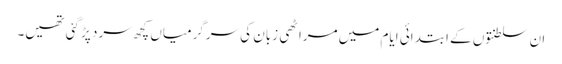
ان سلطنتوں کے ابتدائی ایام میں مراٹھی زبان کی سرگرمیاں کچھ سرد پڑ گئی تھیں۔